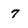
Character: 7